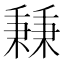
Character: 𥡝